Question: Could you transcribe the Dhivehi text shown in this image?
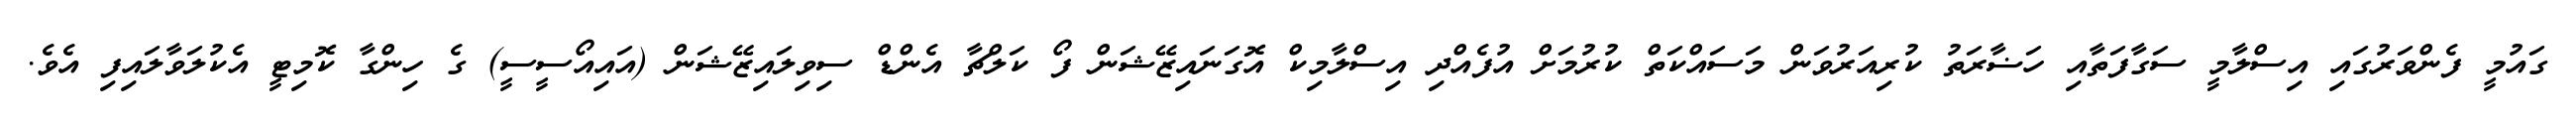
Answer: ގައުމީ ފެންވަރުގައި އިސްލާމީ ސަގާފަތާއި ހަޟާރަތު ކުރިއަރުވަން މަސައްކަތް ކުރުމަށް އުފެއްދި އިސްލާމިކް އޮގަނައިޒޭޝަން ފޯ ކަލްޗާ އެންޑް ސިވިލައިޒޭޝަން (އައިއޯސީސީ) ގެ ހިންގާ ކޮމިޓީ އެކުލަވާލައިފި އެވެ.